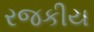
રજકીય